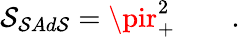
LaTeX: \mathcal{S}_{\mathcal{S}Ad\mathcal{S}}=\pir_{+}^{2}\qquad.